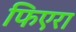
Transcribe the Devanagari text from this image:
फिएरा